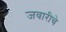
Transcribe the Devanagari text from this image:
जवारीचे